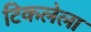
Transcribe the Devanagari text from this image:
टिकलेला